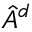
\hat { A } ^ { d }